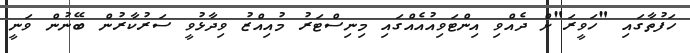
ހަފުތާގައި "ހަވީރަ"ށް ދެއްވި އިންޓަވިއުއެއްގައި މިނިސްޓަރު މުއިއްޒު ވިދާޅުވީ ސަރުކާރުން ބޭނުން ވަނީ